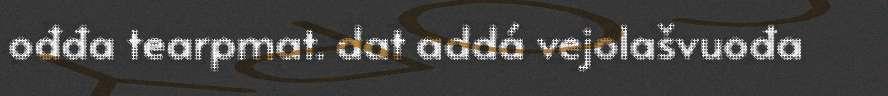
ođđa tearpmat. dat addá vejolašvuođa